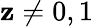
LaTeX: \mathbf{z}\neq0,1